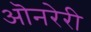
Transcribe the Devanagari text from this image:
ऒनरेरी